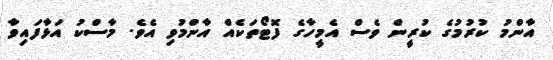
އާންމު ކުރުމުގެ ކުރީން ވެސް އެމީހާގެ ފޮޓޯތަކެއް އާންމުވި އެވެ. މާސްކު އަޅާފައިވާ